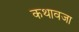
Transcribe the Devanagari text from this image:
कथावजा